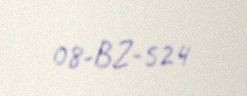
08-BZ-524